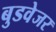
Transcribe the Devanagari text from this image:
बुडवेजर